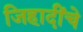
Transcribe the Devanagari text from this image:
जिहादींचे